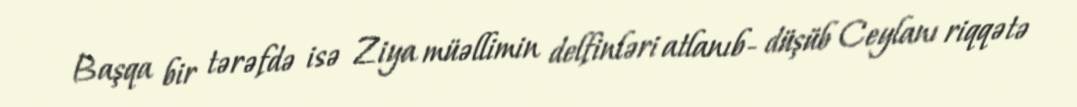
Başqa bir tərəfdə isə Ziya müəllimin delfinləri atlanıb- düşüb Ceylanı riqqətə